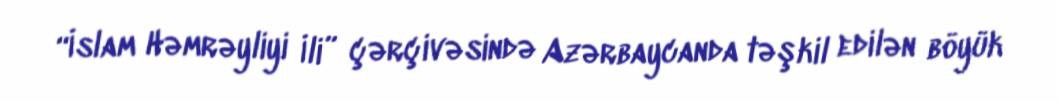
“İslam Həmrəyliyi İli” çərçivəsində Azərbaycanda təşkil edilən böyük